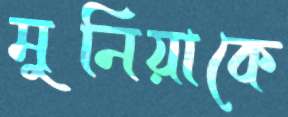
মুনিয়াকে